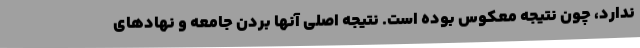
ندارد، چون نتیجه معکوس بوده است. نتیجه اصلی آنها بردن جامعه و نهادهای